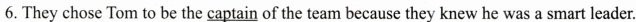
6. They chose Tom to be the \underline{captain} of the team because they knew he was a smart leader.